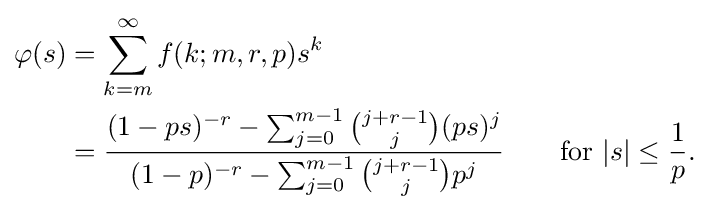
{\begin{aligned}\varphi (s)&=\sum _{k=m}^{\infty }f(k;m,r,p)s^{k}\\&={\frac {(1-ps)^{-r}-\sum _{j=0}^{m-1}{\binom {j+r-1}{j}}(ps)^{j}}{(1-p)^{-r}-\sum _{j=0}^{m-1}{\binom {j+r-1}{j}}p^{j}}}\qquad {\text{for }}|s|\leq {\frac {1}{p}}.\end{aligned}}